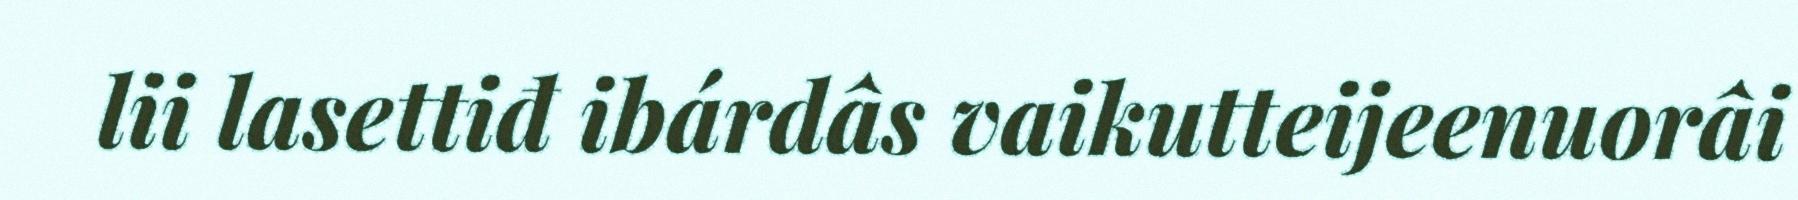
lii lasettiđ ibárdâs vaikutteijeenuorâi